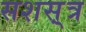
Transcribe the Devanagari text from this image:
सशस़्त्र